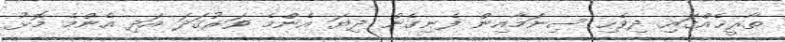
ތާރީޚެއްގައި ދިވެހި ސިނަމާއިން ފެނިގެން ދިޔަ އެންމެ ވަރުގަދަ އަދި އެންމެ މޮޅު